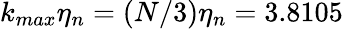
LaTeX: k_{max}\eta_{n}=(N/3)\eta_{n}=3.8105